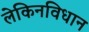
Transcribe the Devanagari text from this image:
लेकिनविधान